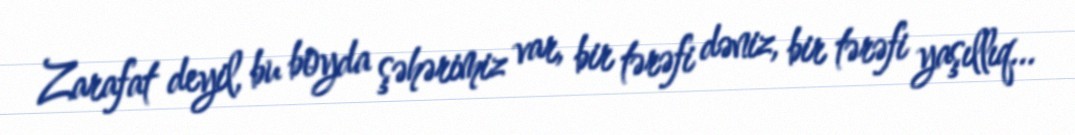
Zarafat deyil, bu boyda şəhərimiz var, bir tərəfi dəniz, bir tərəfi yaşıllıq...